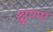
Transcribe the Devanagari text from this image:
क्षुण्ण